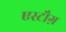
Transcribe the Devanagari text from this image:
एस्टौग़